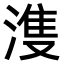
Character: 𣺦